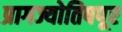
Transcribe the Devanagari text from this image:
प्रागज्योतिषपूर